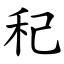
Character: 䄫